Vaccination in Bombay 1902-1912 - 1902-1912
Year: 1902
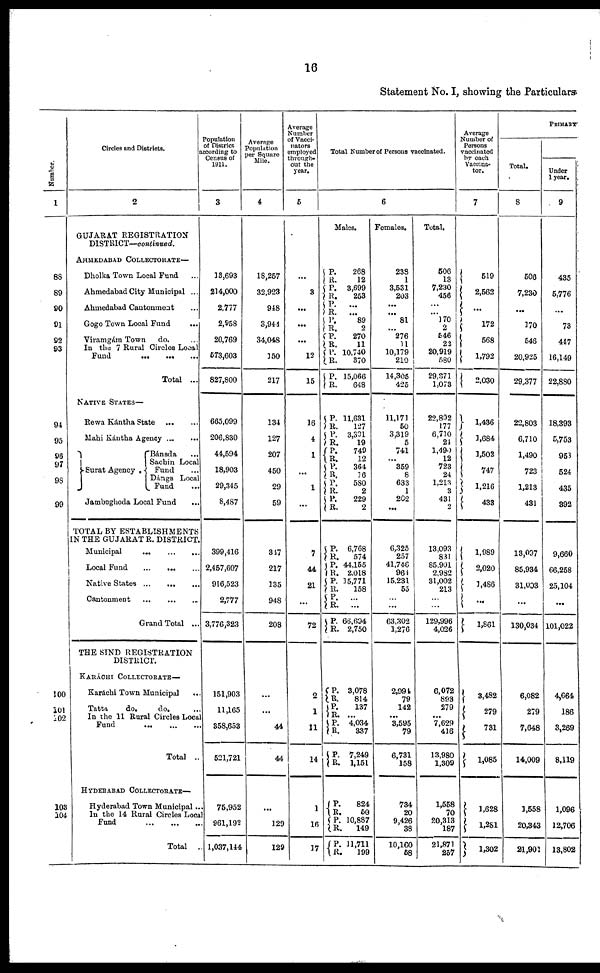
16
Statement No. I, showing the Particulars
Number.
1
88
89
90
91
92
93
94
95
96
97
98
99
100
101
102
103
104
Circles and Districts.
2
GUJARAT REGISTRATION
DISTRICT—continued.
AHMEDABAD COLLECTORATE—
Dholka Town Local Fund ...
Ahmedabad City Municipal ...
Ahmedabad Cantonment ...
Gogo Town Local Fund
...
Viramgám Town
do. ...
In the 7 Rural Circle Local
Fund ... ... ...
Total ...
NATIVE STATES—
Rewa Kántha State
...
...
Mahi Kántha Agency ...
Surat Agency .
Bánsda ...
Sachin Local
Fund ...
Dángs Local
Fund ...
Jambughoda Local Fund ...
TOTAL BY ESTABLISHMENTS
IN THE GUJARAT R. DISTRICT.
Municipal
...
...
...
Local Fund
...
...
...
Native States ... ... ...
Cantonment
...
...
...
Grand Total ...
THE SIND REGISTRATION
DISTRICT.
KARÁCHI COLLECTORATE—
Karáchi Town Municipal ...
Tatta
do.
do.
...
In the 11 Rural Circles Local
Fund ... ... ...
Total ..
HYDERABAD COLLECTORATE—
Hyderabad Town Municipal ...
In the 14 Rural Circles Local
Fund ... ... ...
Total ..
Population
of District
according to
Census of
1911.
3
18,693
214,000
2,777
2,958
20,769
573,603
827,800
665,099
206,830
44,594
18,903
29,345
8,487
399,416
2,457,607
916,523
2,777
3,776,323
151,903
11,165
358,653
521,721
75,952
961,192
1,037,144
Average
Population
per Square
Mile.
4
18,257
32,923
948
3,944
34,048
150
217
134
127
207
450
29
59
347
217
135
948
208
...
...
44
44
...
129
129
Average
Number
of Vacci¬
nators
employed
through-
out the
year.
5
...
3
...
...
...
12
15
16
4
1
...
1
...
7
44
21
...
72
2
1
11
14
1
16
17
Total Number of Persons vaccinated.
6
Males.
P.
R.
P.
R.
P.
R.
P.
R.
P.
R.
P.
R.
P.
R.
268
12
3,699
253
...
...
89
2
270
11
10,740
370
15,066
648
P.
R.
P.
R.
P.
R.
P.
R.
P.
R.
P.
R.
11,631
127
3,391
19
749
12
364
16
580
2
229
2
P.
R.
P. R.
P. R.
P.
R.
P.
R.
6,768
574
44,155
2,018
15,771
158
...
...
66,694
2,750
P.
R.
P.
R.
P. R.
P.
R.
3,078
814
137
...
4,034
337
7,249
1,151
P.
R.
P.
R.
P.
R.
824
60
10,887
149
11,711
199
Females.
238
1
3,531
203
...
...
81
...
276
11
10,179
210
14,305
425
11,171
50
3,319
5
741
...
359
8
633
1
202
...
6,325
257
41,746
964
15,231
55
...
...
63,302
1,276
2,994
79
142
...
3,595
79
6,731
158
734
20
9,426
38
10,160
58
Total.
506
13
7,230
456
...
...
170
2
546
22
20,919
580
29,371
1,073
22,802
177
6,710
24
1,490
12
723
24
1,213
3
431
2
13,093
831
85,901
2,982
31,002
213
...
...
129,996
4,026
6,072
893
279
...
7,629
416
13,980
1,309
1,558
70
20,313
187
21,871
257
Average
Number of
Persons
vaccinated
by each
Vaccina¬
tor.
7
519
2,562
...
172
568
1,792
2,030
1,436
1,684
1,502
747
1,216
433
1,989
2,020
1,486
...
1,861
3,482
279
731
1,085
1,628
1,281
1,302
PRIMARY
Total.
8
506
7,230
...
170
546
20,925
29,377
22,803
6,710
1,490
723
1,213
431
13,097
85,934
31,003
...
130,034
6,082
279
7,648
14,009
1,558
20,343
21,901
Under
1 year.
9
435
5,776
...
73
447
16,149
22,880
18,393
5,753
958
524
435
392
9,660
66,258
25,104
...
101,022
4,664
186
3,269
8,119
1,096
12,706
13,802